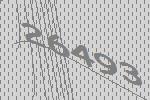
26493